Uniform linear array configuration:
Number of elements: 32
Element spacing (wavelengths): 0.25
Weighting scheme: binomial
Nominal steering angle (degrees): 45
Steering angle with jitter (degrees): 43.384
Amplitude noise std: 0.05
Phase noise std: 0.05

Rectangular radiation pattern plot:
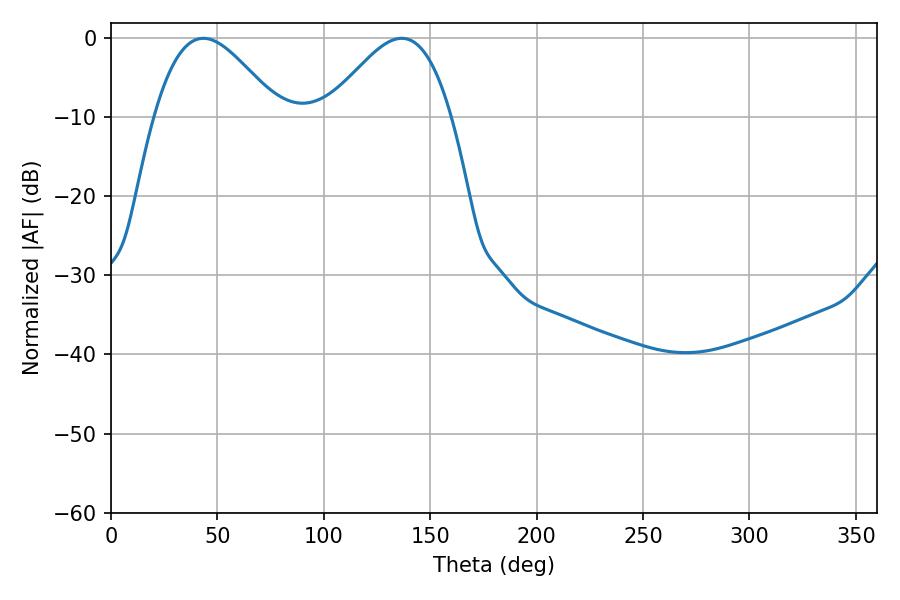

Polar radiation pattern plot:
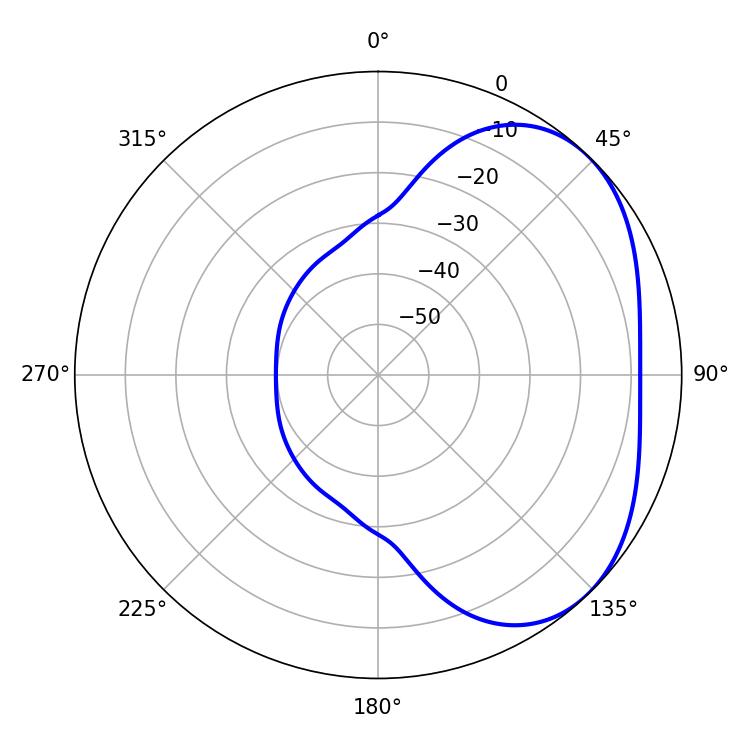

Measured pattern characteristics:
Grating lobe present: FALSE
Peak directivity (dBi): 3.464
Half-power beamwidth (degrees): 31.32
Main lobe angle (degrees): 43.38